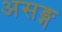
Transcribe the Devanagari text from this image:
असङ्ग